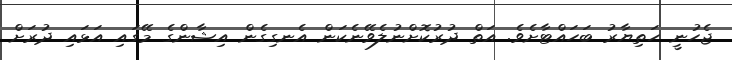
ޖެހުނީ ހަތިޔާރު ބަހައްޓާށެވެ. އަތް ދުރުކޮށްނުލެވޭނެކަން އެނގިގެން އިޝާންގެ މޭގައި އަޅައި ދުރަށް